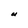
Character: U